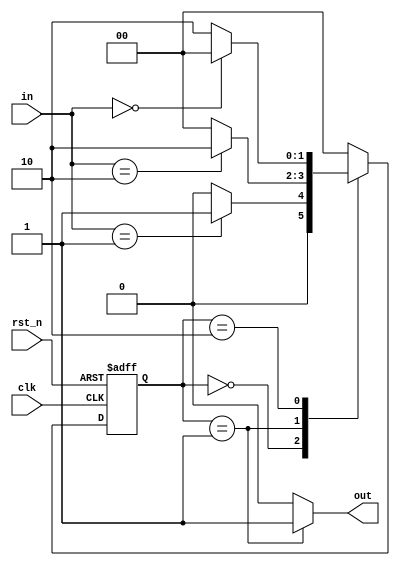
module parameterized_state_machine #(
    parameter NUM_STATES = 3,          // Number of states
    parameter INPUT_WIDTH = 2,          // Width of input signals
    parameter OUTPUT_WIDTH = 1           // Width of output signals
)(
    input wire clk,                      // Clock input
    input wire rst_n,                    // Active low reset
    input wire [INPUT_WIDTH-1:0] in,     // Input signals
    output reg [OUTPUT_WIDTH-1:0] out    // Output signals
);

    // State encoding using local parameters
    localparam STATE_A = 2'b00;
    localparam STATE_B = 2'b01;
    localparam STATE_C = 2'b10;

    // State register
    reg [1:0] current_state, next_state;

    // State transition logic
    always @(*) begin
        case (current_state)
            STATE_A: begin
                if (in == 2'b01) begin
                    next_state = STATE_B;
                end else begin
                    next_state = STATE_A;
                end
                out = 1'b0; // Output for STATE_A
            end
            
            STATE_B: begin
                if (in == 2'b10) begin
                    next_state = STATE_C;
                end else begin
                    next_state = STATE_A;
                end
                out = 1'b1; // Output for STATE_B
            end
            
            STATE_C: begin
                if (in == 2'b00) begin
                    next_state = STATE_A;
                end else begin
                    next_state = STATE_C;
                end
                out = 1'b0; // Output for STATE_C
            end
            
            default: begin
                next_state = STATE_A; // Default to STATE_A
                out = 1'b0;
            end
        endcase
    end

    // State update on clock and reset
    always @(posedge clk or negedge rst_n) begin
        if (!rst_n) begin
            current_state <= STATE_A; // Reset to initial state
        end else begin
            current_state <= next_state; // Update state
        end
    end

endmodule